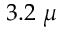
3 . 2 ~ \mu